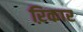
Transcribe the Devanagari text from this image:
ऱिकार